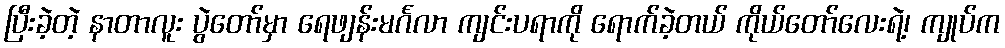
ပြီးခဲ့တဲ့ နာတာလူး ပွဲတော်မှာ ရေဖျန်းမင်္ဂလာ ကျင်းပရာကို ရောက်ခဲ့တယ် ကိုယ်တော်လေးရဲ့၊ ကျုပ်က